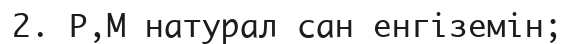
2. Р,М натурал сан енгіземін;